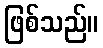
ဖြစ်သည်။